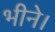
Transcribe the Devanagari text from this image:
भीने।